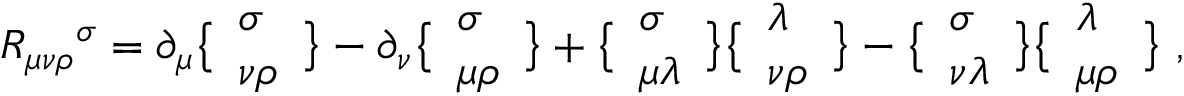
R _ { \mu \nu \rho } { } ^ { \sigma } = \partial _ { \mu } \bigl \{ \begin{array} { l } { { \sigma } } \\ { { \nu \rho } } \end{array} \bigr \} - \partial _ { \nu } \bigl \{ \begin{array} { l } { { \sigma } } \\ { { \mu \rho } } \end{array} \bigr \} + \bigl \{ \begin{array} { l } { { \sigma } } \\ { { \mu \lambda } } \end{array} \bigr \} \bigl \{ \begin{array} { l } { { \lambda } } \\ { { \nu \rho } } \end{array} \bigr \} - \bigl \{ \begin{array} { l } { { \sigma } } \\ { { \nu \lambda } } \end{array} \bigr \} \bigl \{ \begin{array} { l } { { \lambda } } \\ { { \mu \rho } } \end{array} \bigr \} \ ,